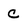
Character: c